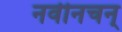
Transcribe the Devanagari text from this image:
नवीनचन्